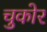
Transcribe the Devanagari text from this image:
चुकोर